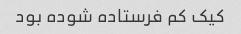
کیک کم فرستاده شوده بود